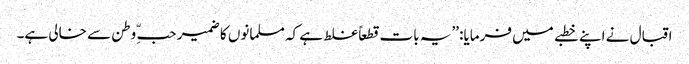
اقبال نے اپنے خطبے میں فرمایا: ’’یہ بات قطعاً غلط ہے کہ مسلمانوں کا ضمیر حبّ ِ وطن سے خالی ہے۔